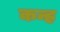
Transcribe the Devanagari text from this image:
कन्ह